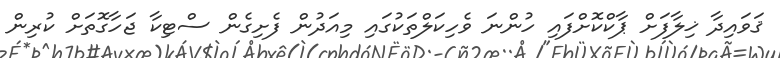
ޤަވައިދާ ޚިލާފަށް ޕާކްކޮށްފައި ހުންނަ ވެހިކަލްތަކުގައި މިއަދުން ފެށިގެން ސްޓިކާ ޖަހާގޮތަށް ކުރިން